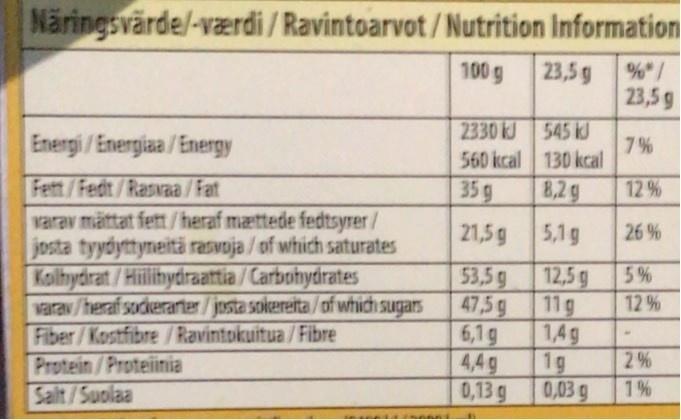
Näringsvärde/-værdi / Ravintoarvot /Nutrition Information
100 g
23,5 g
%" /
23,5 g
Enengi/Energiaa/Energy
2330 kJ 545 kJ 7% 560 kcal 130 kcal
Fett/Fedt/Rasvaa / Fat warav mättat fett/heraf mættede fedtsyrer/ josta tyydyttyneitä rasvoja / of which saturates Kolhydrat /Hilihydraattia / Carbohydrates varav/heraf sockerarter/josta sokereita/of which sugars Fiber/Kostfibre / Ravintokuitua / Fibre Protein/Proteinia
35g
8,2g
12%
21,5g
5,1g
26 %
12,5g 53,5g 47,5 g 11g
5%
12%
6,1g
1,4g
4,4g
1g
2%
Salt/Suolaa
0,13 g
0,03 g
1%